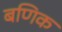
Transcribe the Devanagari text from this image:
बणिक